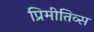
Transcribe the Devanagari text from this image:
प्रिमीतिव्स